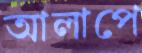
আলাপে